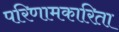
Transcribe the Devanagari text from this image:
परिणामकारिता